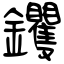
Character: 钁